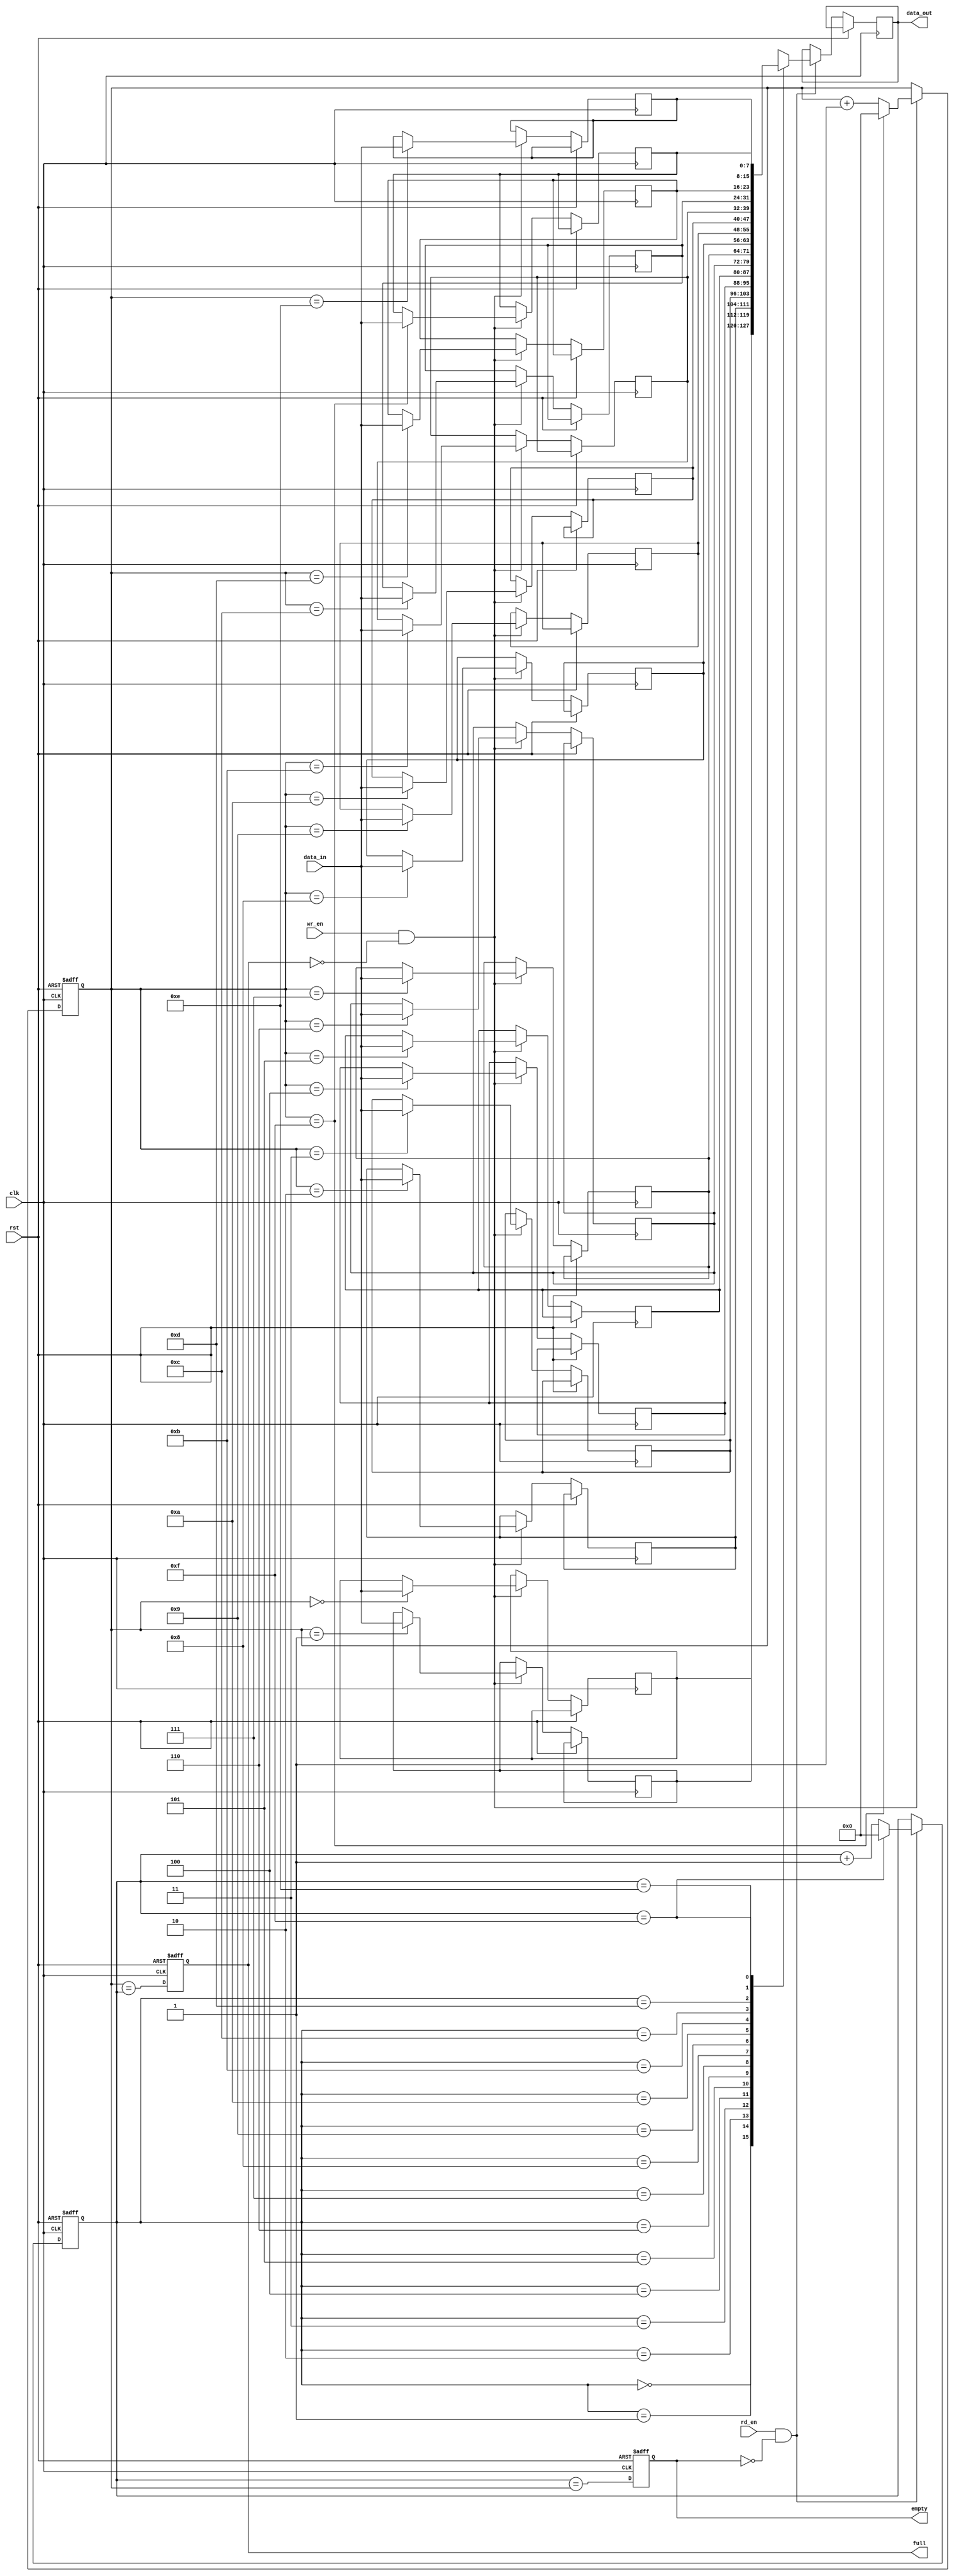
module fifo_buffer(
    input wire clk,
    input wire rst,
    input wire wr_en,
    input wire rd_en,
    input wire [7:0] data_in,
    output reg [7:0] data_out,
    output reg full,
    output reg empty
);

reg [7:0] buffer [0:15]; // buffer with 16 locations
reg [3:0] read_ptr;
reg [3:0] write_ptr;

always @(posedge clk or posedge rst) begin
    if (rst) begin
        read_ptr <= 0;
        write_ptr <= 0;
        full <= 0;
        empty <= 1;
    end else begin
        if (wr_en && !full) begin
            buffer[write_ptr] <= data_in;
            write_ptr <= write_ptr + 1;
            if (write_ptr == 15)
                write_ptr <= 0;
        end
        if (rd_en && !empty) begin
            data_out <= buffer[read_ptr];
            read_ptr <= read_ptr + 1;
            if (read_ptr == 15)
                read_ptr <= 0;
        end
        full <= (write_ptr == read_ptr);
        empty <= (read_ptr == write_ptr);
    end
end

endmodule